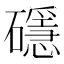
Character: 𥖵